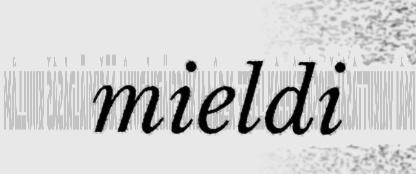
mieldi